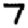
Digit: 7